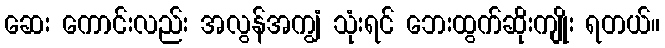
ဆေး ကောင်းလည်း အလွန်အကျွံ သုံးရင် ဘေးထွက်ဆိုးကျိုး ရတယ်။